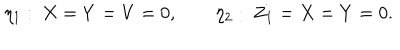
LaTeX: \eta _ { 1 } : \ X = Y = V = 0 , \qquad \eta _ { 2 } : \ Z _ { 1 } = X = Y = 0 .